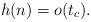
LaTeX: \begin{align*}h(n)=o(t_c).\end{align*}